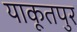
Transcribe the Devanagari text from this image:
याकूतपुर